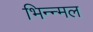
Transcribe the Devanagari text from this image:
भिन्न्मल